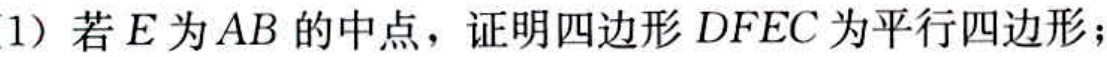
(1) 若\(E\)为\(AB\)的中点，证明四边形\(DFEC\)为平行四边形；